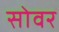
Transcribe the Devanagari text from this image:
सोवर